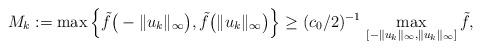
LaTeX: \begin{align*}M_k:=\max\Big\{\tilde{f}\big(-\|u_k\|_{\infty}\big),\tilde{f}\big(\|u_k\|_{\infty}\big)\Big\}\ge (c_0/2)^{-1}\,\max_{[-\|u_k\|_{\infty},\|u_k\|_{\infty}]}\tilde{f},\end{align*}